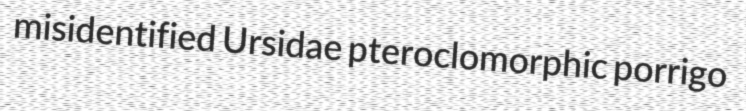
misidentified Ursidae pteroclomorphic porrigo